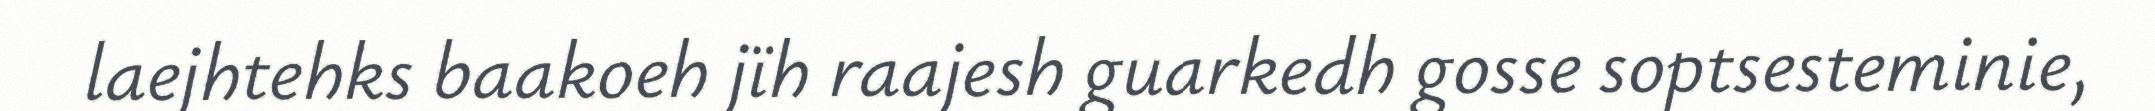
laejhtehks baakoeh jïh raajesh guarkedh gosse soptsesteminie,